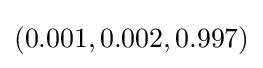
(0.001,0.002,0.997)